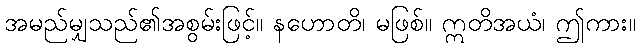
အမည်မျှသည်၏အစွမ်းဖြင့်။ နဟောတိ၊ မဖြစ်။ ဣတိအယံ၊ ဤကား။